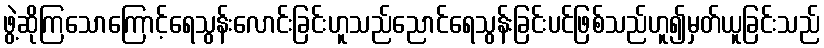
ဖွဲ့ဆိုကြသောကြောင့်ရေသွန်းလောင်းခြင်းဟူသည်ညောင်ရေသွန်းခြင်းပင်ဖြစ်သည်ဟူ၍မှတ်ယူခြင်းသည်